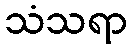
သံသရာ